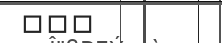
١٦٢